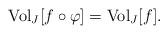
LaTeX: \begin{align*}{\rm Vol}_{J} [f \circ \varphi] = {\rm Vol}_{J} [f].\end{align*}